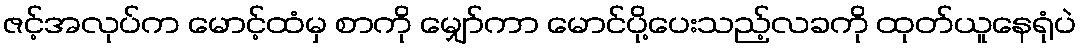
ဇင့်အလုပ်က မောင့်ထံမှ စာကို မျှော်ကာ မောင်ပို့ပေးသည့်လခကို ထုတ်ယူနေရုံပဲ